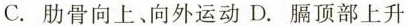
C.肋骨向上、向外运动 D.膈顶部上升